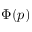
\Phi ( p )